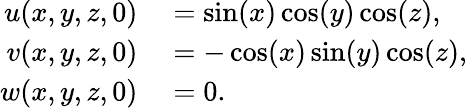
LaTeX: \begin{array}{rl}{u(x,y,z,0)}&{{}=\sin(x)\cos(y)\cos(z),}\\ {v(x,y,z,0)}&{{}=-\cos(x)\sin(y)\cos(z),}\\ {w(x,y,z,0)}&{{}=0.}\end{array}